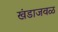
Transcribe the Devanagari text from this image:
खंडाजवळ